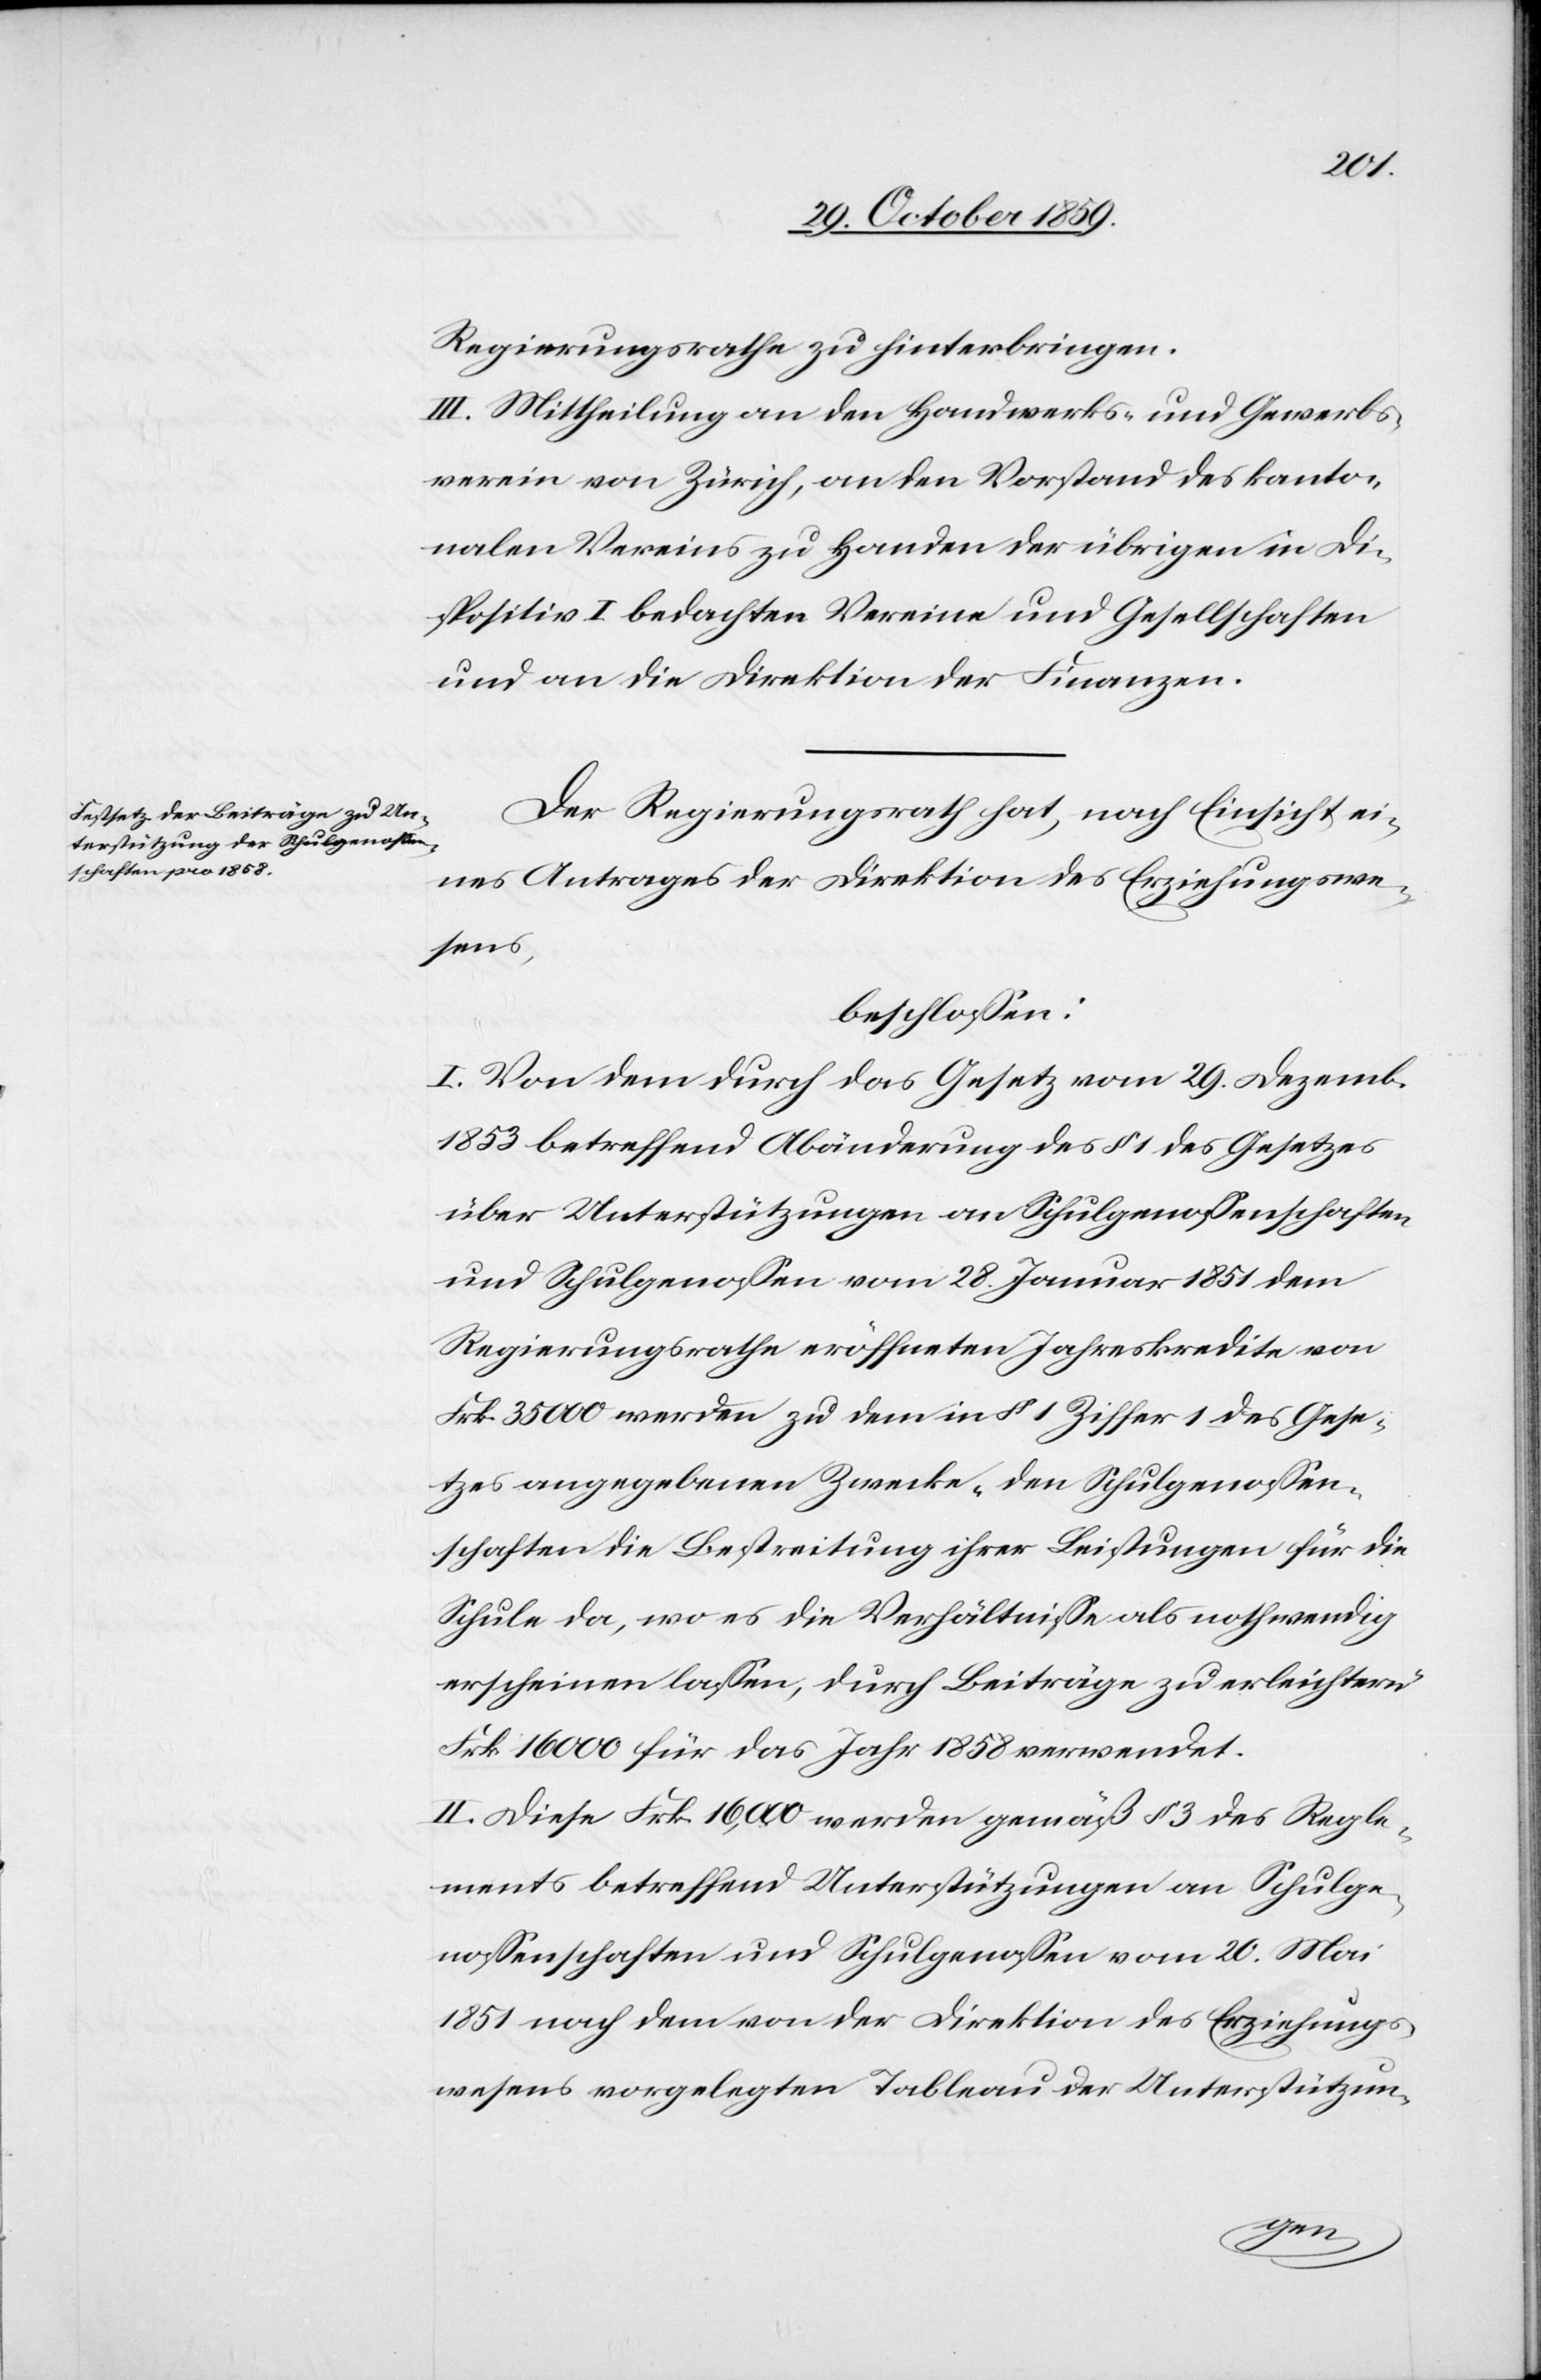
Regierungsrathe zu hinterbringen.
III. Mittheilung an den Handwerks- und Gewerbs¬
verein von Zürich, an den Vorstand des kanto¬
nalen Vereins zu Handen der übrigen in Di¬
spositiv I bedachten Vereine und Gesellschaften
und an die Direktion der Finanzen.
Der Regierungsrath hat, nach Einsicht ei¬
nes Antrages der Direktion des Erziehungswe¬
sens,
beschlossen:
I. Von dem durch das Gesetz vom 29. Dezemb.
1853 betreffend Abänderung des § 1 des Gesetzes
über Unterstützungen an Schulgenossenschaften
und Schulgenossen vom 28 Januar 1851 dem
Regierungsrathe eröffneten Jahreskredite von
Frk. 35,000 werde zu dem in § 1 Ziffer 1 des Gese¬
tzes angegebenen Zwecke „den Schulgenossen¬
schaften die Bestreitung ihrer Leistungen für die
Schule da, wo es die Verhältnisse als nothwendig
erscheinen lassen, durch Beiträge zu erleichtern“
Frk. 16,000 für das Jahr 1858 verwendet.
II. Diese Frk. 16,000 werden gemäß § 3 des Regle¬
ments betreffend Unterstützungen an Schulge¬
nossenschaften und Schulgenossen vom 20. Mai
1851 nach dem von der Direktion des Erziehungs¬
wesens vorgelegten Tableau der Unterstützun-